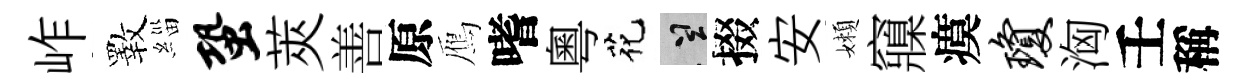
岞斁緇蛩莢善原鴈嗜粵花誠掇安嬾䆿瘼琼洶壬稱